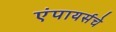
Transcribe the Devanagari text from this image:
एंपायर्सचे